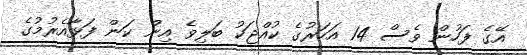
އޭގެ ފަހުން ވެސް 14 އަހަރުގެ ކުއްޖަކު ބަލިވެ އިން ކަން ފަޅާއެރުމުގެ